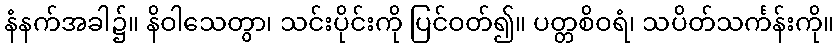
နံနက်အခါ၌။ နိဝါသေတွာ၊ သင်းပိုင်းကို ပြင်ဝတ်၍။ ပတ္တစိဝရံ၊ သပိတ်သင်္ကန်းကို။